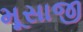
મૂસાજી